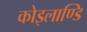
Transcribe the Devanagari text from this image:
कोइलाण्डि